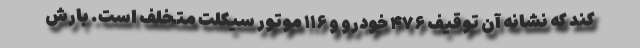
کند که نشانه آن توقیف ۴۷۶ خودرو و ۱۱۶ موتور سیکلت متخلف است. بارش